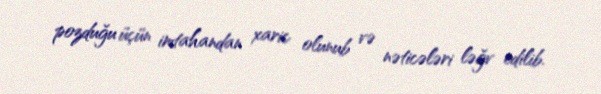
pozduğu üçün imtahandan xaric olunub və nəticələri ləğv edilib.